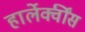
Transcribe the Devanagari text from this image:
हार्लेक्वींस